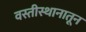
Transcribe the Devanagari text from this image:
वस्तीस्थानातून